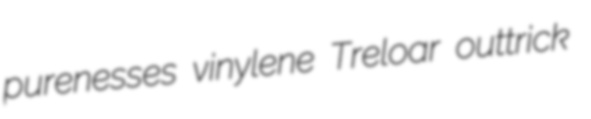
purenesses vinylene Treloar outtrick